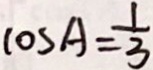
\cos A = \frac { 1 } { 3 }